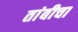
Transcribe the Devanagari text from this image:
तांबीचा